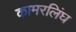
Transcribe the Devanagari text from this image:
कामरलिंघ